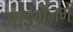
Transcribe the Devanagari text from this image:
माइग्रेनमें